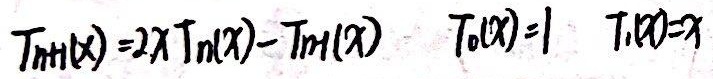
\[T_{n + 1}(x) = 2xT_n(x) - T_{n - 1}(x)\]
\(T_0(x) = 1\)
\(T_1(x) = x\)